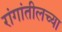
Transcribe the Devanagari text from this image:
रांगांतीलच्या